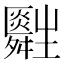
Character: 𤰀